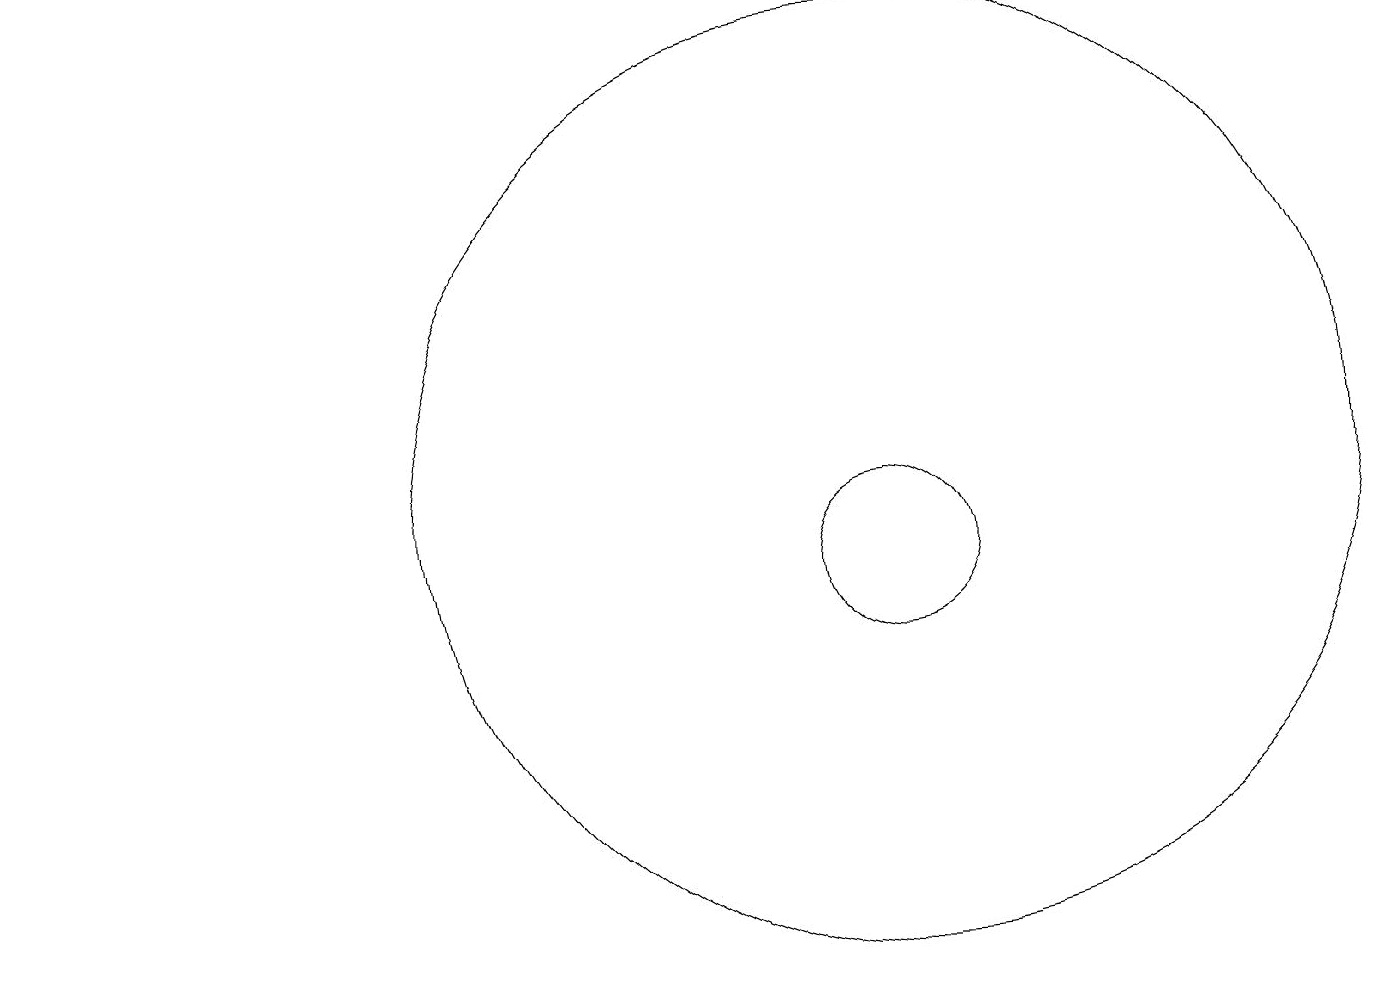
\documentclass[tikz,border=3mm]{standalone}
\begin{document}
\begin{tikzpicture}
\draw[->] (1,15) -- (1,16);
\draw (12,11) circle (1);
\draw (12,12) circle (6);
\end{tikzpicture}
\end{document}